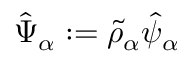
\hat { \Psi } _ { \alpha } : = \tilde { \rho } _ { \alpha } \hat { \psi } _ { \alpha }